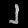
Digit: ၂